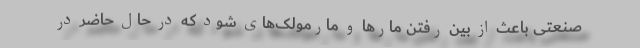
صنعتی باعث از بین رفتن مارها و مارمولک‌های شود که در حال حاضر در